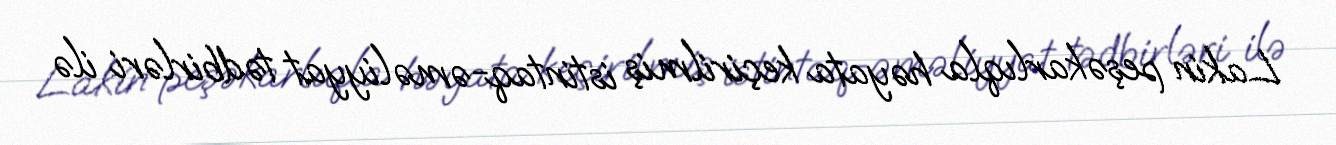
Lakin peşəkarlıqla həyata keçirilmiş istintaq-əməliyyat tədbirləri ilə